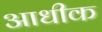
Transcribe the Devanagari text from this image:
आधीक